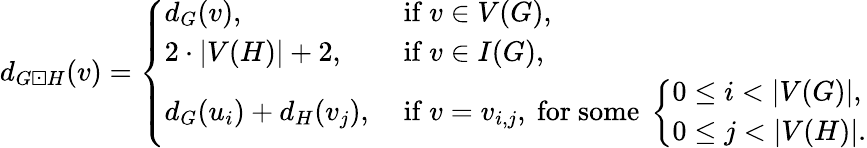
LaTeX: d_{G\boxdot H}(v)=\left\{ \begin{array}{ll}{\begin{array}{ll}{d_{G}(v),}&{\mathrm{~if~}v\in V(G),}\\ {2\cdot|V(H)|+2,}&{\mathrm{~if~}v\in I(G),}\\ {d_{G}(u_{i})+d_{H}(v_{j}),}&{\mathrm{~if~}v=v_{i,j},\mathrm{~for~some~}\left\{ \begin{array}{ll}{0\leq i<|V(G)|,}\\ {0\leq j<|V(H)|.}\end{array}\right.}\end{array}}\end{array}\right.